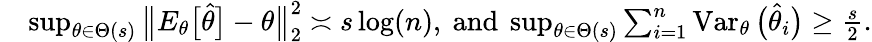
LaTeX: \begin{array}{rl}&{\operatorname*{sup}_{\theta\in\Theta(s)}\big\| E_{\theta}\big[\widehat\theta\big]-\theta\big\| _{2}^{2}\asymp s\log(n),\mathrm{~and~}\operatorname*{sup}_{\theta\in\Theta(s)}\sum_{i=1}^{n}\operatorname{Var}_{\theta}\big(\widehat\theta_{i}\big)\geq\frac s2.}\end{array}